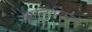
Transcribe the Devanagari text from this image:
सुलिपिकारों